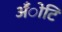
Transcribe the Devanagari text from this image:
अँोटि